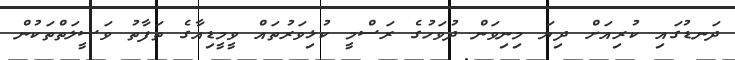
ދަނޑުގައި ކުރިއަށް ދިޔަ މިނިވަން ދުވަހުގެ ރަސްމީ ކުޅިވަރުތައް ވީމީޑިއާގެ ތަފާތު ވަސީލަތްތަކުން